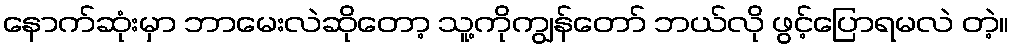
နောက်ဆုံးမှာ ဘာမေးလဲဆိုတော့ သူ့ကိုကျွန်တော် ဘယ်လို ဖွင့်ပြောရမလဲ တဲ့။